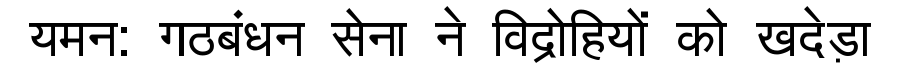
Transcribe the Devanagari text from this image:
यमन: गठबंधन सेना ने विद्रोहियों को खदेड़ा